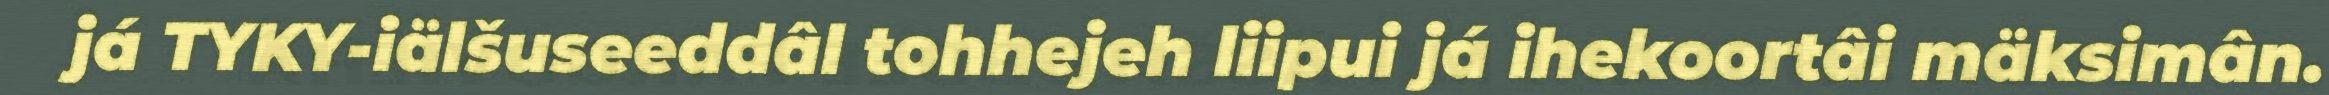
já TYKY-iälšuseeddâl tohhejeh liipui já ihekoortâi mäksimân.